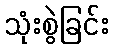
သုံးစွဲခြင်း